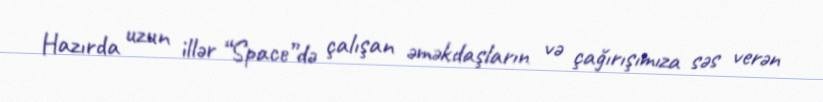
Hazırda uzun illər “Space”də çalışan əməkdaşların və çağırışımıza səs verən